Annual administration report of the Civil Veterinary Department of India - 1898-1899
Year: 1898
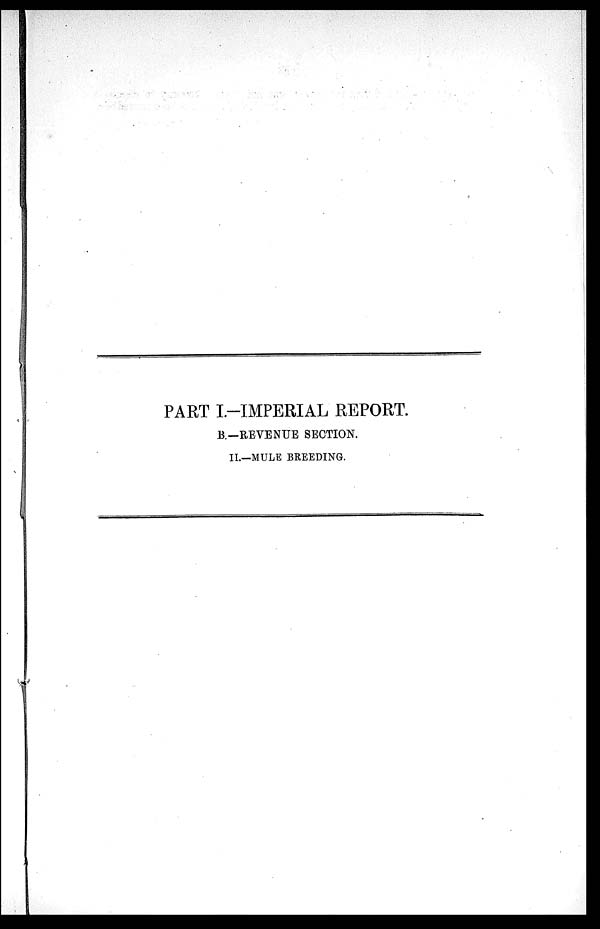
PART I.-IMPERIAL REPORT.
B.—REVENUE SECTION.
II.—MULE BREEDING.